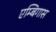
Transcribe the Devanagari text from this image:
एम्बिगास